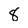
Character: 8